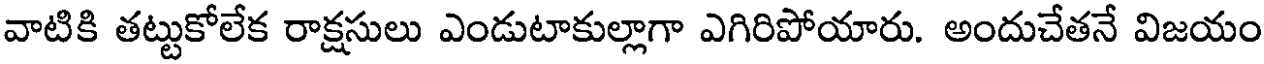
వాటికి తట్టుకోలేక రాక్షసులు ఎండుటాకుల్లాగా ఎగిరిపోయారు. అందుచేతనే విజయం